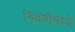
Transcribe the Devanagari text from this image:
निवडीमध्ये